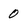
Character: 0